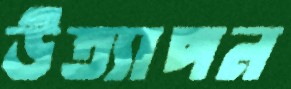
উত্যাপন